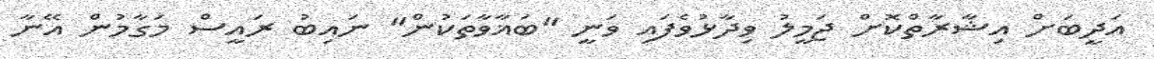
އަދީބަށް އިޝާރާތްކޮށް ޖަމީލު ވިދާޅުވެފައި ވަނީ "ބަޣާވާތަކުން" ނައިބު ރައީސް މަގާމުން އޭނާ